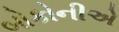
બોકોનીએ